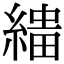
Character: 𦃠